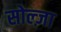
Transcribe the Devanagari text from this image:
सोल्ज़ा